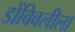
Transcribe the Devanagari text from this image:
डोंबिवलीला